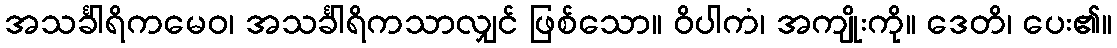
အသင်္ခါရိကမေဝ၊ အသင်္ခါရိကသာလျှင် ဖြစ်သော။ ဝိပါကံ၊ အကျိုးကို။ ဒေတိ၊ ပေး၏။